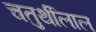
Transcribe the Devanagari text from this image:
चतुर्थीलाल